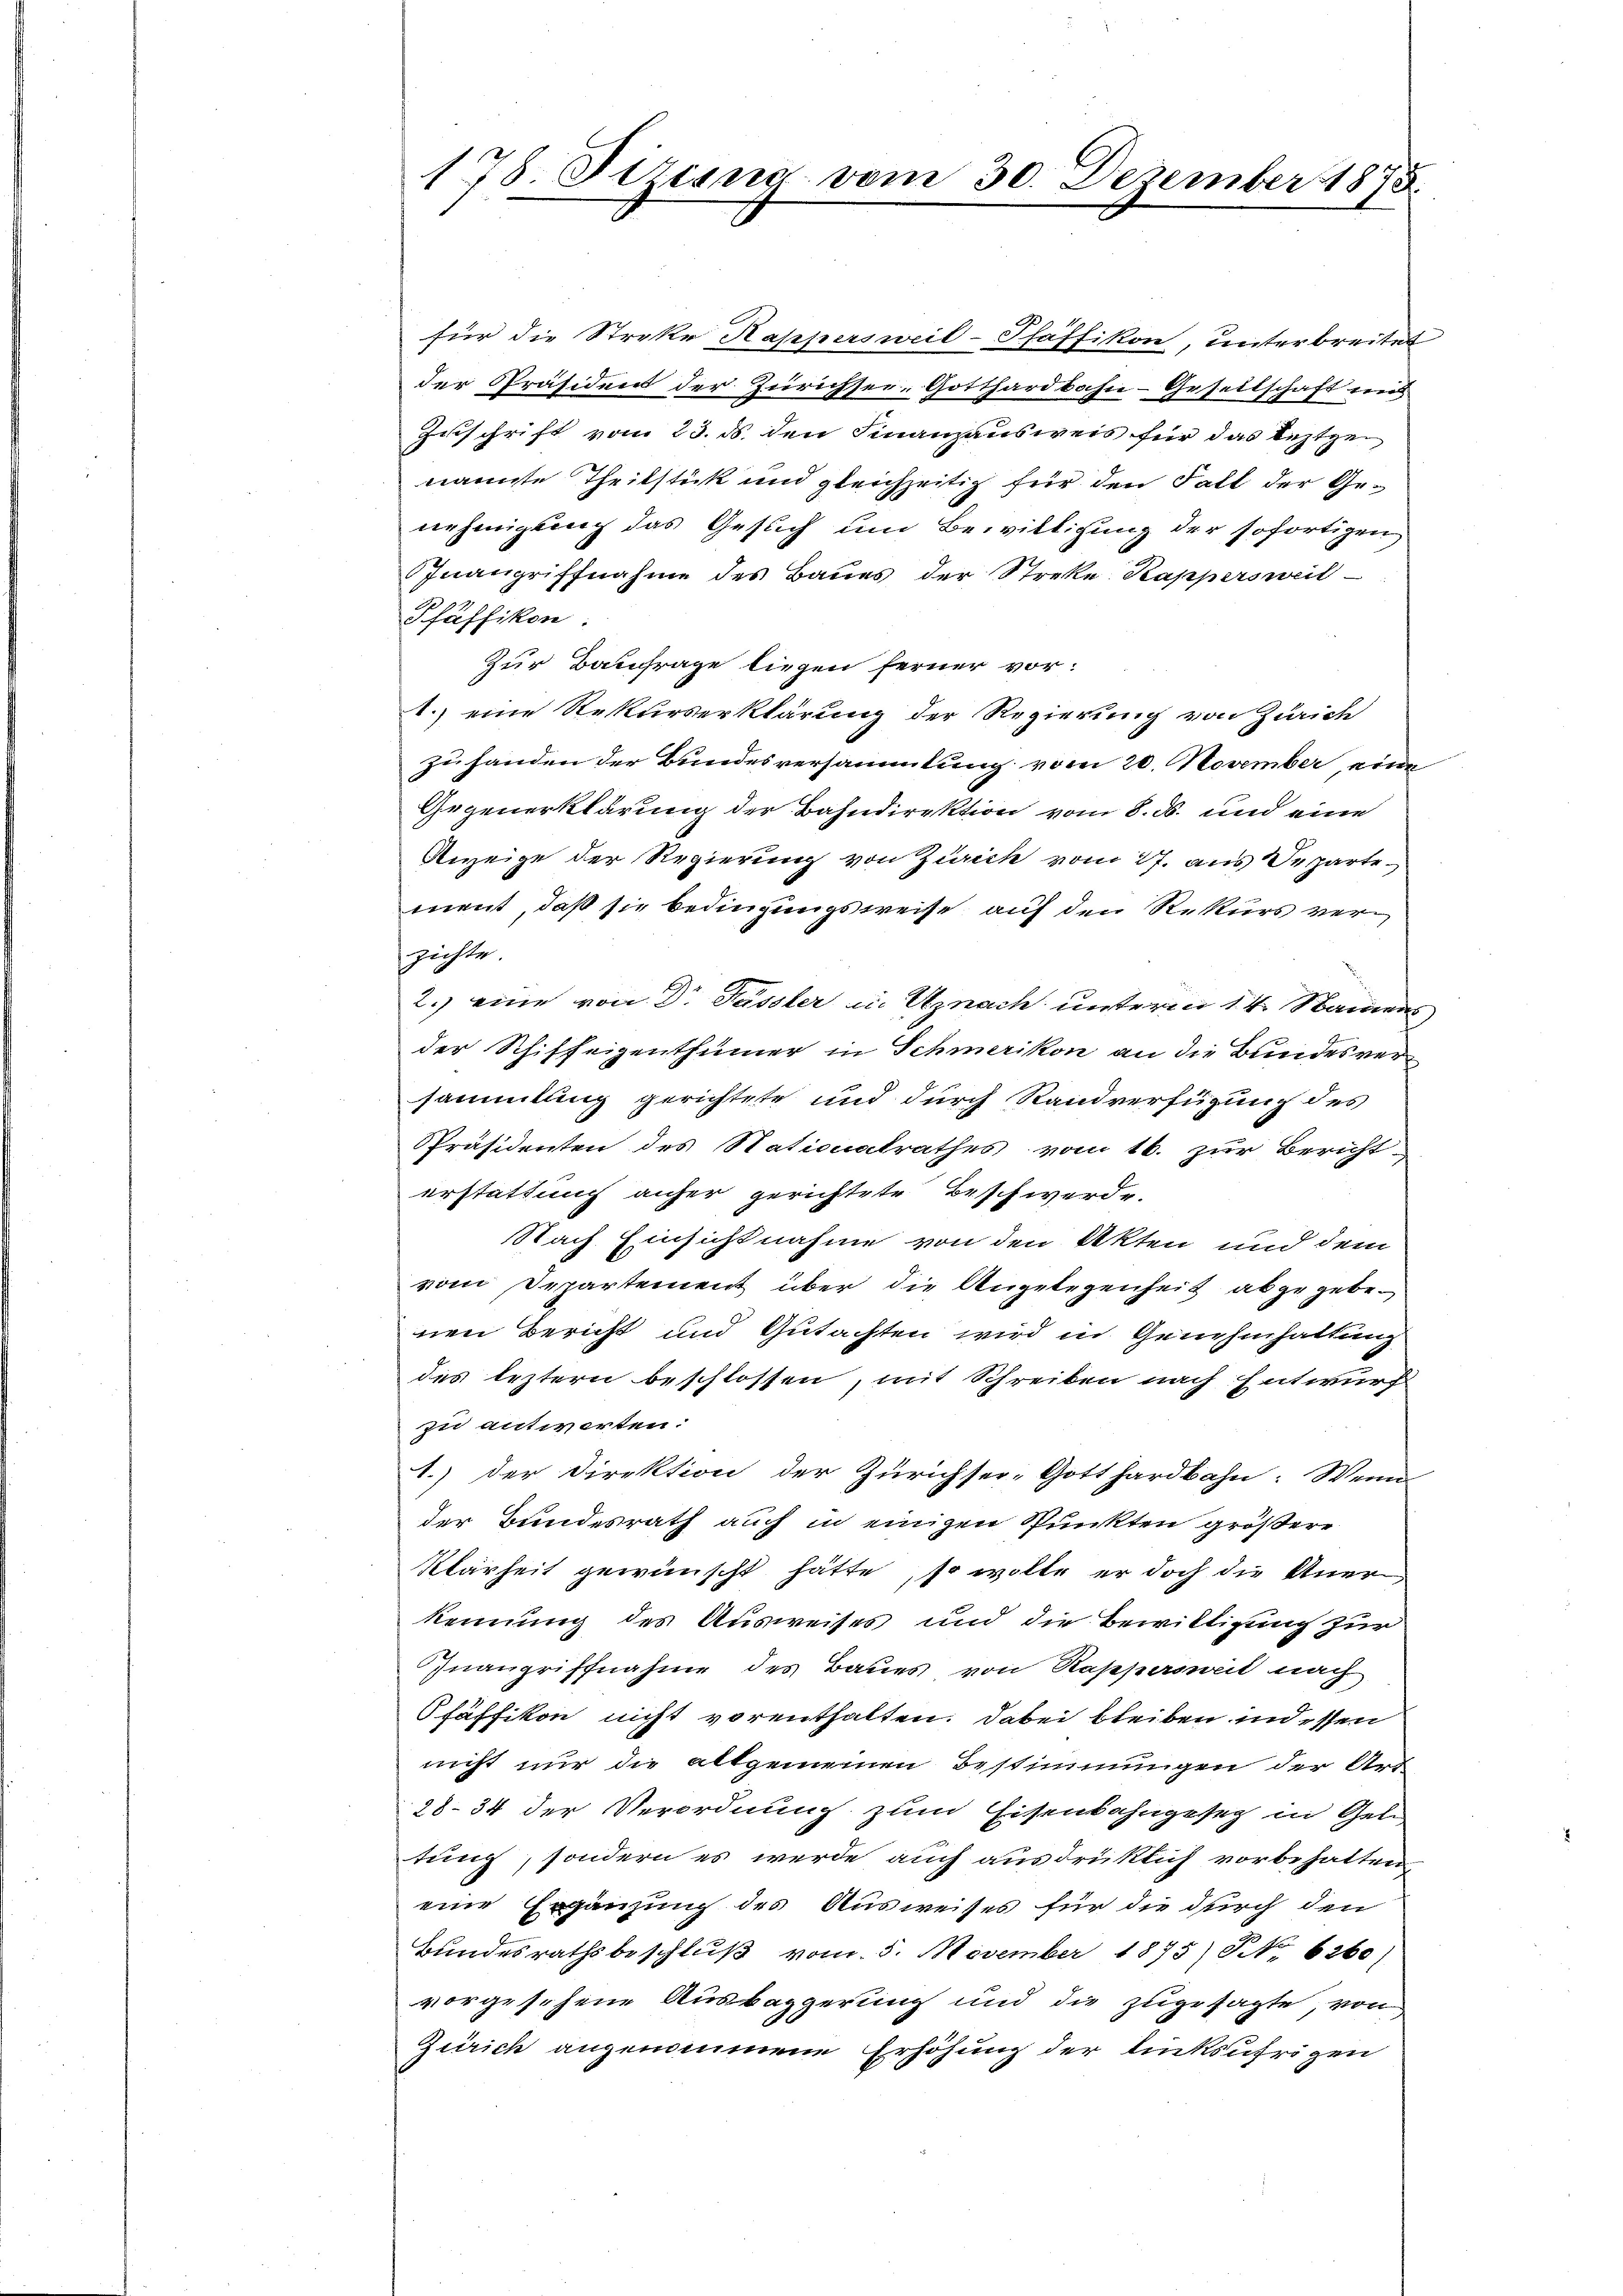
178. Piring vom 30. Dezember 1873

für die Streke Kappersweil-Pfäffikon, unterbreitet
der Präsident der Zürichsee, Gotthardbahn-Gesellschaft ein
Zuschrift vom 23. ds. den Finanzausweis für das leztgen
nannte Theilstück und gleichzeitig für den Fall der Genehmigung das Gesuch um Bewilligung der sofortigen
Inangriffnahme des Baues der Streke Kappersweil
Pfäffikon
Zur Baufrage liegen ferner vor:
1.) eine Rekurserklärung der Regierung von Zürich
zu handen der Bundesversammlung vom 20. November, eine
Gegenerklärung der Bahndirektion vom 8. ds. und eine
Anzeige der Regierung von Zürich vom 27. aus Separte
ment, daß sie bedingungsweise auf den Rekurs verzichte.
2.) eine von Dr Füssler in Uznach unterm 14. Namens
der Schiffeigenthümer in Schmerikon an die Bundesversammlung gerichtete und durch Standverfügung des
Präsidenten des Nationalrathes vom 16. zur Bericht
erstattung anher gerichtete Beschwerde.
Nach Einsichtnahme von den Akten und dem
vom Departement über die Angelegenheit abzugebenen Bericht und Gutachten wird in Genehmhaltung
des leztern beschlossen, mit Schreiben nach Entwurf
zu antworten.
1.) der Direktion der Zürichsei-Gotthardbahn: Wenn
der Bundesrath auch in einigen Punkten größere
Klarheit gewünscht hätte, so wolle er doch die Aner
kennung des Ausweises und die Bewittigung zur
Inangriffnahme des Baues von Rappersweit nach
Pfäffikon nicht vorenthalten. Dabei bleiben indessen
nicht nur die allgemeinen Bestimmungen der Art
2834 der Verordnung zum Eisenbahngesetz in Gele
tung, sondern es werde auch ausdrüklich vorbehalten
eine Ergänzung des Ausweises für die durch den
Bundesrathsbeschluß vom 5. November 1875) No 6260)
vorgesehene Ausbaggerung und die zugesagte, von
Zürich angenommene Erhöhung der lücksührigen